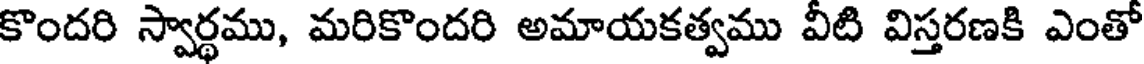
కొందరి స్వార్థము, మరికొందరి అమాయకత్వము వీటి విస్తరణకి ఎంతో